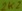
Text: 2k2